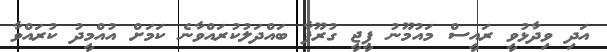
އަދި ވިދާޅުވީ ރައީސް މައުމޫނު ޕީޖީ ގުރޫޕާ ބައްދަލުކުރައްވާނެ ކަމަށް އުއްމީދު ކުރައްވާ